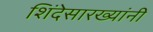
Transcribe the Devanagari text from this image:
शिंदेसारख्यांनी